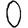
Digit: 0